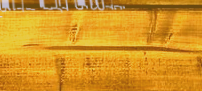
بيع وشراء الأدوات الرياضي